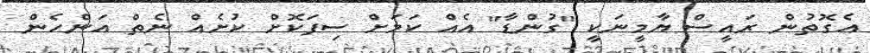
އެގޮތުން ރައީސް ޔާމީނަކީ "ގުންޑާ" އެއް ކަމަށް ސިފަކޮށް ކުށެއް ނެތް އަންހެން